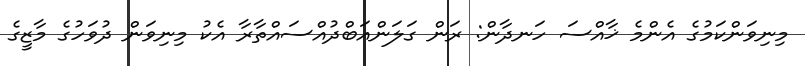
މިނިވަންކަމުގެ އެންމެ ޚާއްސަ ހަނދާން: ރަން ގަލަންއަބްދުއްސައްތާރާ އެކު މިނިވަން ދުވަހުގެ މާޒީގެ